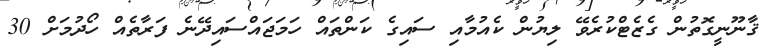
ޤާނޫނީގޮތުން ގެޒެޓްކުރެވޭ ލިޔުން ކެއުމާއި ސައިގެ ކަންތައް ހަމަޖައްސައިދޭނެ ފަރާތެއް ހޯދުމަށް 30